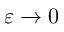
\varepsilon \to 0